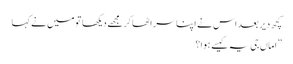
کچھ دیر بعد اس نے اپنا سر اٹھا کرمجھے دیکھا تو میں نے کہا
”اماں جی یہ کیسے ہوا؟